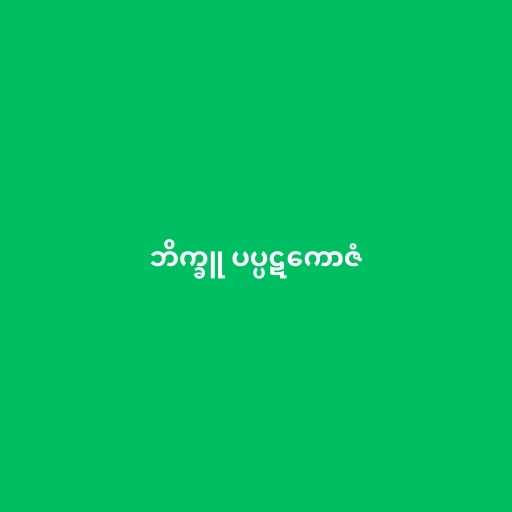
ဘိက္ခူ ပပ္ပဋကောဇံ